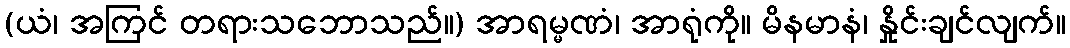
(ယံ၊ အကြင် တရားသဘောသည်။) အာရမ္မဏံ၊ အာရုံကို။ မိနမာနံ၊ နှိုင်းချင်လျက်။